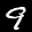
Label: 9